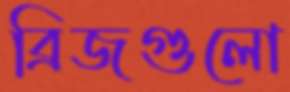
ব্রিজগুলো